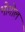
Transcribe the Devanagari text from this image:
भोगोल